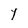
Character: Y